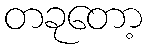
တခုတော့